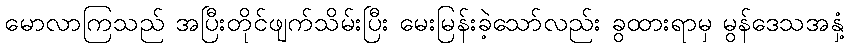
မောလာကြသည် အပြီးတိုင်ဖျက်သိမ်းပြီး မေးမြန်းခဲ့သော်လည်း ခွထားရာမှ မွန်ဒေသအနှံ့